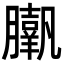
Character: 𦢗